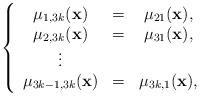
LaTeX: \begin{align*}\left\{\begin{array}{ccc}\mu_{1,3k}(\mathbf{x}) &=& \mu_{21}(\mathbf{x}),\\\mu_{2,3k}(\mathbf{x}) &=& \mu_{31}(\mathbf{x}),\\\vdots &&\\\mu_{3k-1,3k}(\mathbf{x}) &=& \mu_{3k,1}(\mathbf{x}), \end{array}\right.\end{align*}